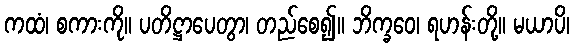
ကထံ၊ စကားကို။ ပတိဋ္ဌာပေတွာ၊ တည်စေ၍။ ဘိက္ခဝေ၊ ရဟန်းတို့။ မယာပိ၊